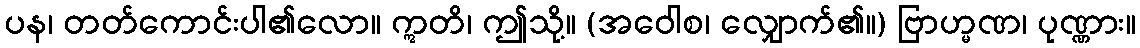
ပန၊ တတ်ကောင်းပါ၏လော။ ဣတိ၊ ဤသို့။ (အဝေါစ၊ လျှောက်၏။) ဗြာဟ္မဏ၊ ပုဏ္ဏား။